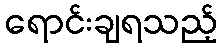
ရောင်းချရသည့်